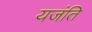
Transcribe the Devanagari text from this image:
यजंति